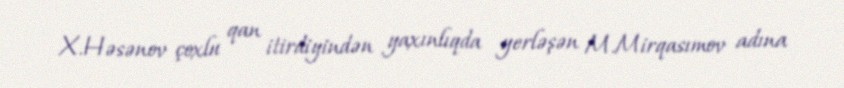
X.Həsənov çoxlu qan itirdiyindən yaxınlıqda yerləşən M.Mirqasımov adına